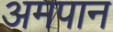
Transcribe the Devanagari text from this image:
अमपान